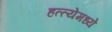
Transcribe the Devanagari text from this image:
हत्त्येमध्ये